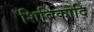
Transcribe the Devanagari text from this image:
शिबिकादि